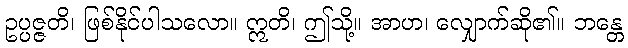
ဥပ္ပဇ္ဇတိ၊ ဖြစ်နိုင်ပါသလော။ ဣတိ၊ ဤသို့။ အာဟ၊ လျှောက်ဆို၏။ ဘန္တေ